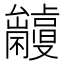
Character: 𠮘